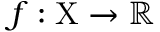
f : \mathrm { X } \to \mathbb { R }